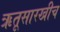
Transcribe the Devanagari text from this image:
ऋतूसारखीच